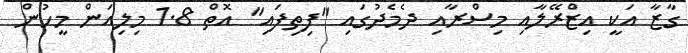
ގާޒާ އަކީ އިޒްރޭލާއި މިސްރާއި ދެމެދުގައި "ފިތިފައި" އޮތް 1.8 މިލިއަން މީހުން